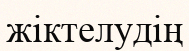
жіктелудің